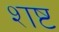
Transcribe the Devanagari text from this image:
शष्ट